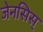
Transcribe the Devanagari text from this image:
जेनसिस्